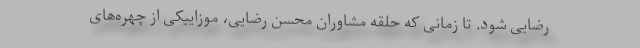
رضایی شود. تا زمانی که حلقه مشاوران محسن رضایی، موزاییکی از چهره‌های